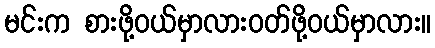
မင်းက စားဖို့ဝယ်မှာလားဝတ်ဖို့ဝယ်မှာလား။